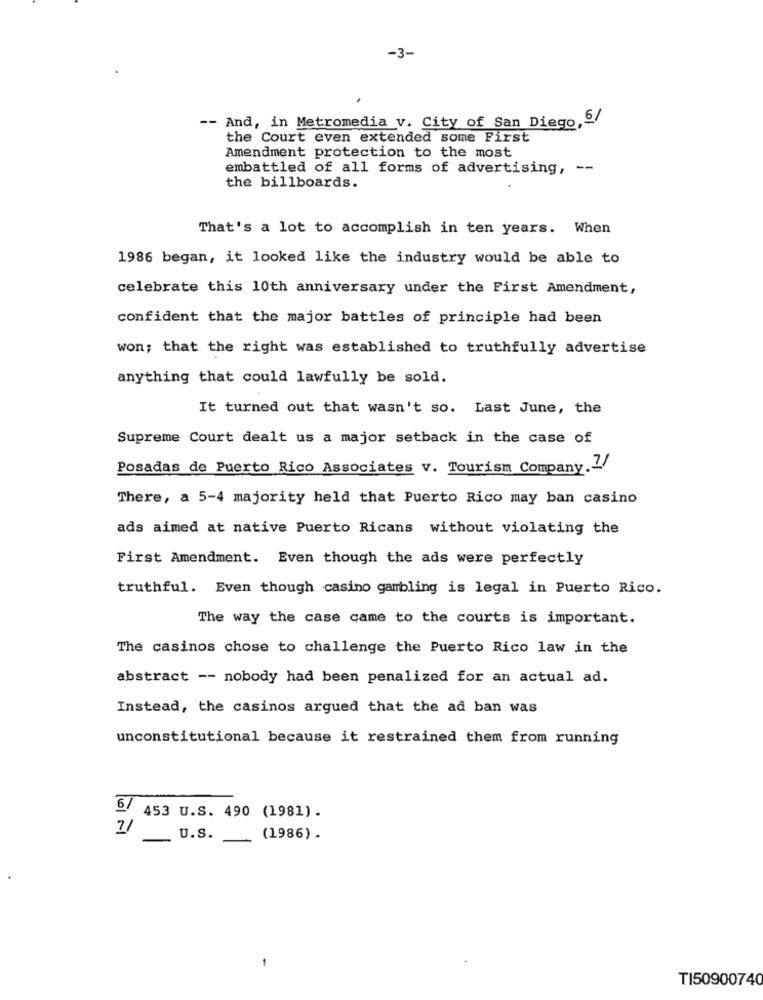
-3-
-- And, in Metromedia v. City of San Diego, b/
the Court even extended some First
Amendment protection to the most
embattled of all forms of advertising, --
the billboards.
That's a lot to accomplish in ten years. When
1986 began, it looked like the industry would be able to
celebrate this 10th anniversary under the First Amendment,
confident that the major battles of principle had been
won; that the right was established to truthfully advertise
anything that could lawfully be sold.
It turned out that wasn't so. Last June, the
Supreme Court dealt us a major setback in the case of
Posadas de Puerto Rico Associates v. Tourism Company.7/
There, a 5-4 majority held that Puerto Rico may ban casino
ads aimed at native Puerto Ricans without violating the
First Amendment. Even though the ads were perfectly
truthful. Even though casino gambling is legal in Puerto Rico.
The way the case came to the courts is important.
The casinos chose to challenge the Puerto Rico law in the
abstract -- nobody had been penalized for an actual ad.
Instead, the casinos argued that the ad ban was
unconstitutional because it restrained them from running
6/ 453 U.S. 490 (1981).
7/
U.S.
(1986) .
TI50900740